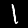
Label: 1